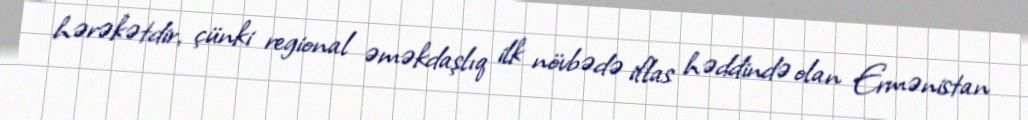
hərəkətdir, çünki regional əməkdaşlıq ilk növbədə iflas həddində olan Ermənistan